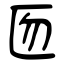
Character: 匢